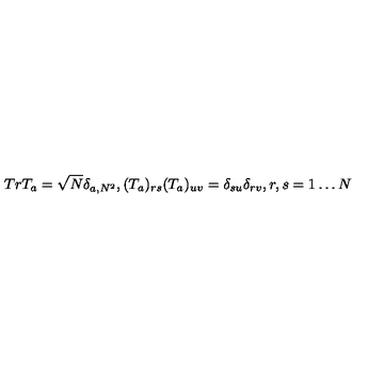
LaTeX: T r T _ { a } = \sqrt N \delta _ { a , N ^ { 2 } } , ( T _ { a } ) _ { r s } ( T _ { a } ) _ { u v } = \delta _ { s u } \delta _ { r v } , r , s = 1 \ldots N